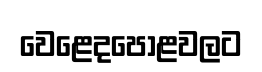
වෙළෙදපොළවලට